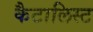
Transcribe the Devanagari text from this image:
कैटालिस्ट